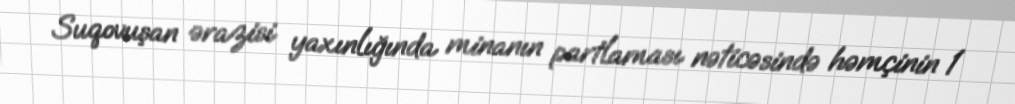
Suqovuşan ərazisi yaxınlığında minanın partlaması nəticəsində həmçinin 1